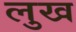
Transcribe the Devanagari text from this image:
लुख